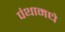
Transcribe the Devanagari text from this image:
पंथामधे